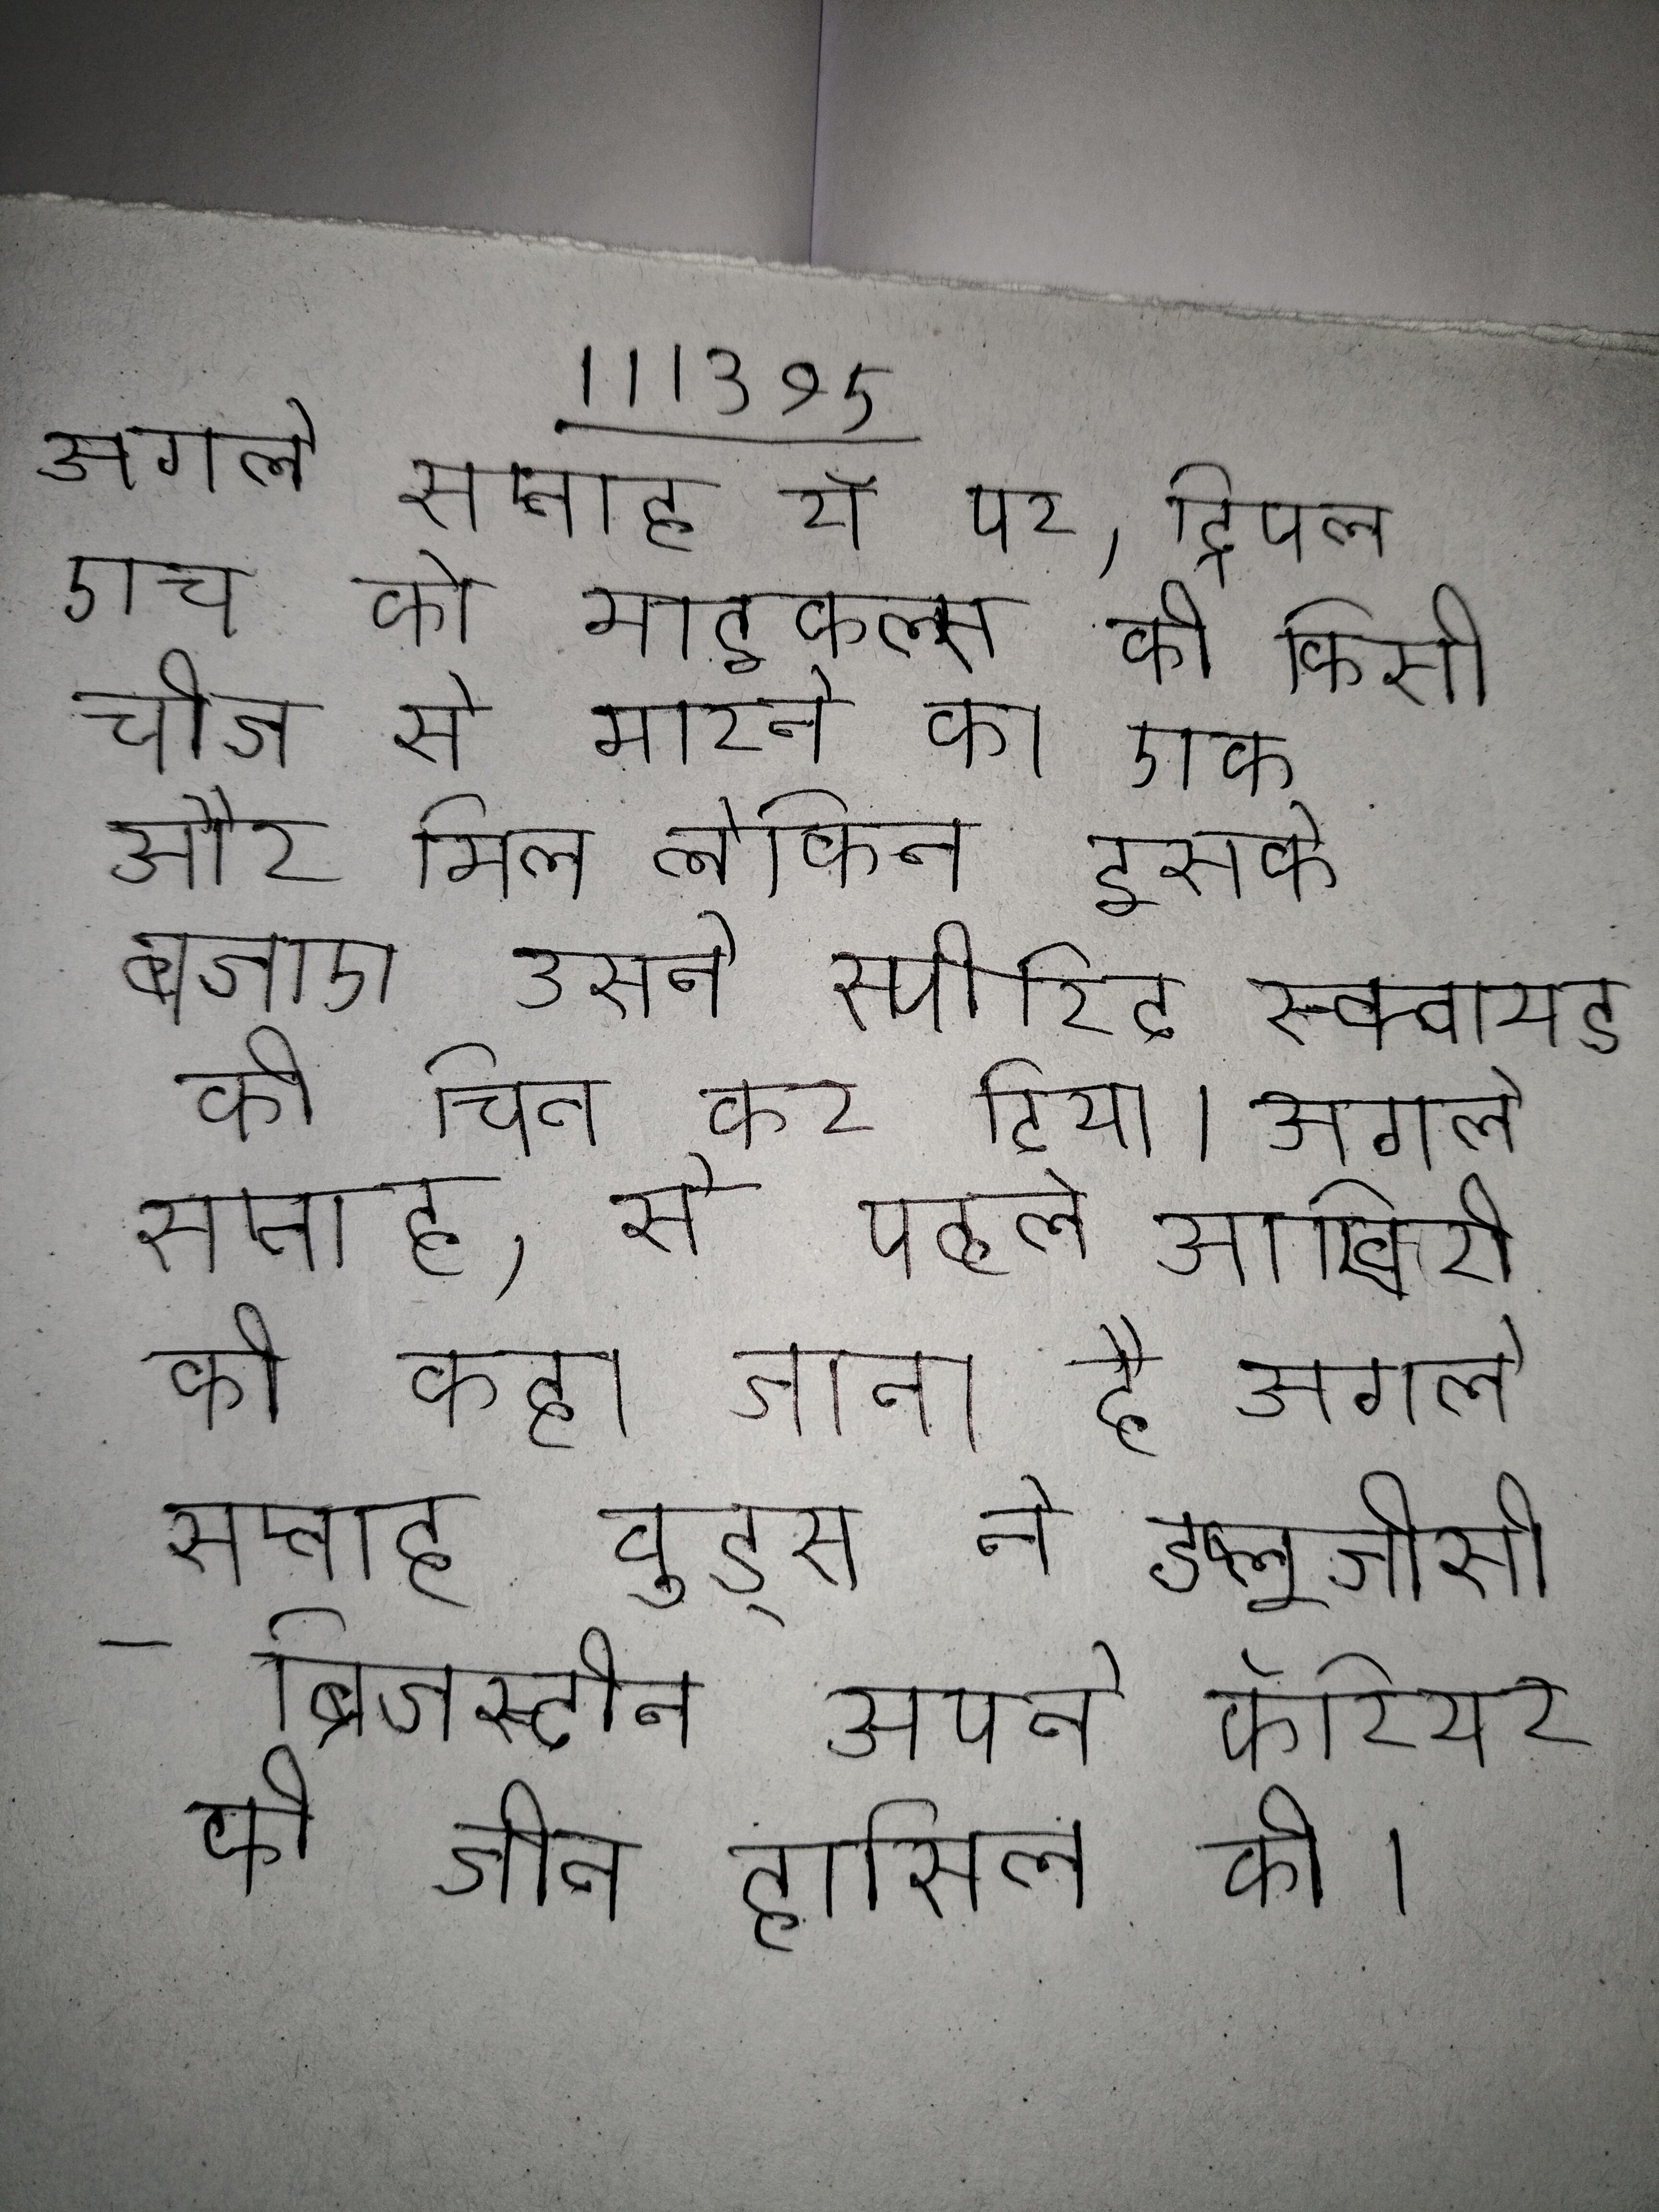
अगले सप्ताह रॉ पर, ट्रिपल एच को माइकल्स को किसी चीज से मारने का एक और मिला लेकिन इसके बजाए उसने स्पीरिट स्क्वायड को चित कर दिया । अगले सप्ताह, से पहले आखिरी को कहा जाता है अगले सप्ताह वुड्स ने डब्लूजीसी-ब्रिजस्टोन अपने कॅरियर की जीत हासिल की ।